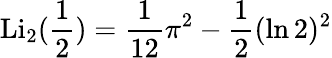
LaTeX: \operatorname{Li}_{2}({\frac{1}{2}})={\frac{1}{12}}\pi^{2}-{\frac{1}{2}}(\ln 2)^{2}